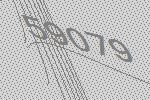
59079